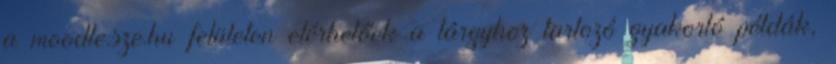
a moodle.sze.hu felületen elérhetőek a tárgyhoz tartozó gyakorló példák,